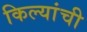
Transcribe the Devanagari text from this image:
किल्यांची